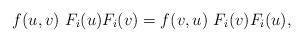
LaTeX: \begin{align*}f(u,v)\ F_i(u)F_i(v)= f(v,u)\ F_i(v)F_i(u),\end{align*}